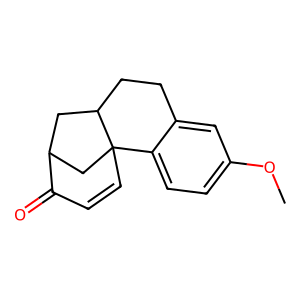
SMILES: COc1ccc2c(c1)CCC1CC3CC21C=CC3=O
Inhibits HIV replication: No